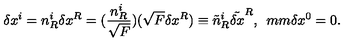
\delta x ^ { i } = n _ { R } ^ { i } \delta x ^ { R } = ( \frac { n _ { R } ^ { i } } { \sqrt { F } } ) ( \sqrt { F } \delta x ^ { R } ) \equiv \tilde { n } _ { R } ^ { i } \tilde { \delta x } ^ { R } , \hspace * { 5 m m } \delta x ^ { 0 } = 0 .